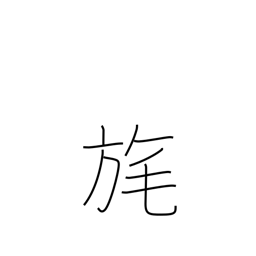
Meaning: tassel on a flag